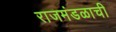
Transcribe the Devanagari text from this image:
राजमंडळाची